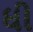
ધી